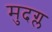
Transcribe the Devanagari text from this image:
मुदग्ल